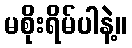
မစိုးရိမ်ပါနဲ့။